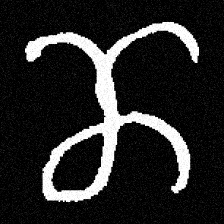
Pyu character \u2014 Myanmar letter: ဏ (romanized: nna)